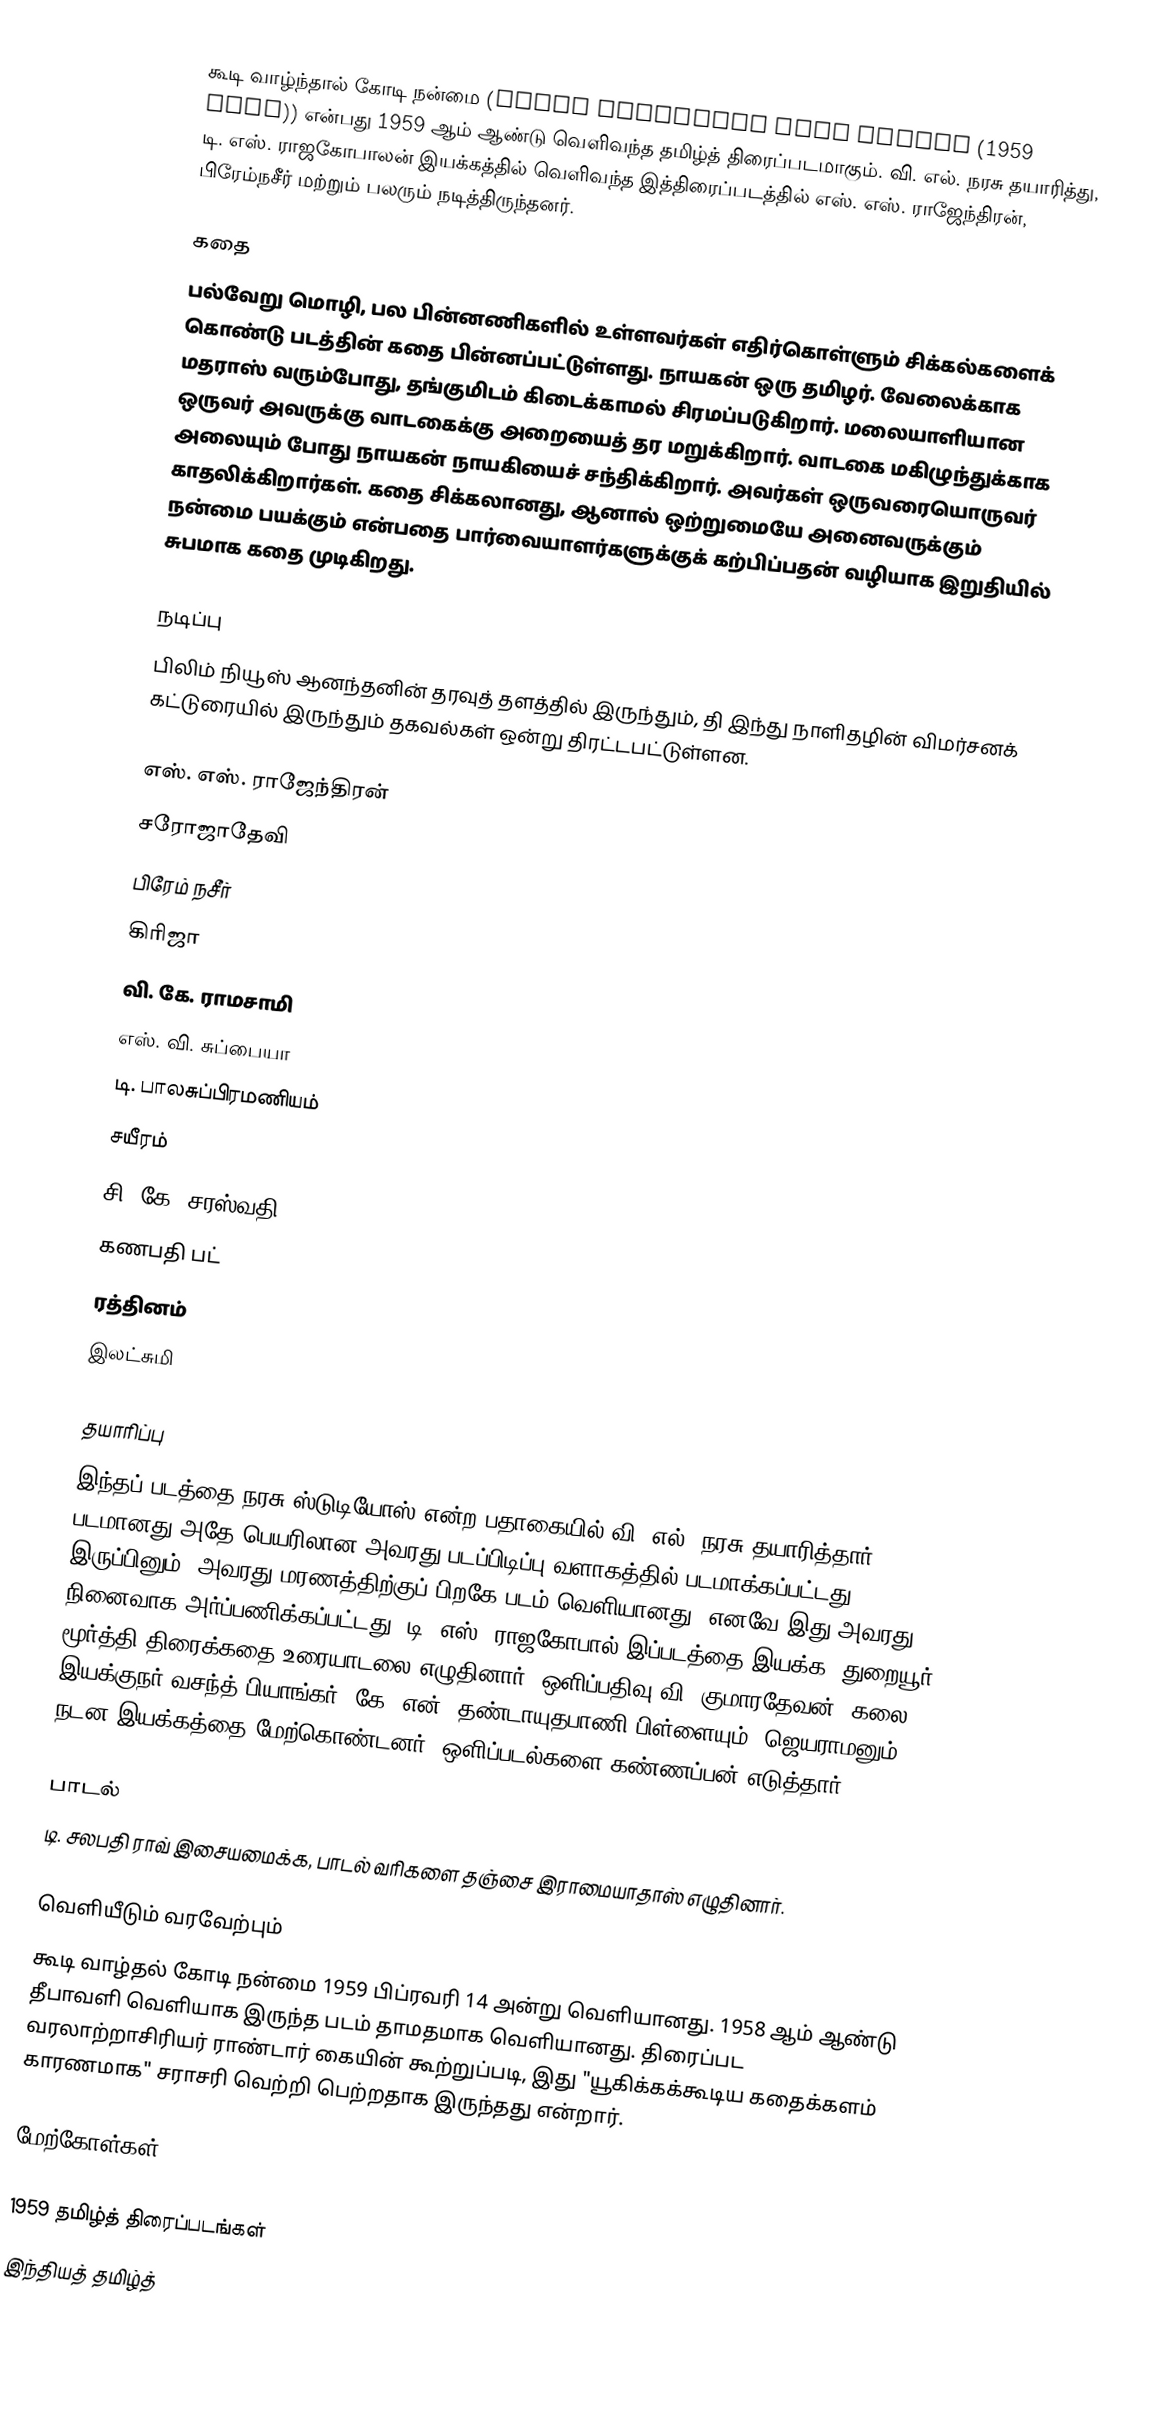
கூடி வாழ்ந்தால் கோடி நன்மை (Koodi Vazhnthal Kodi Nanmai (1959 film)) என்பது 1959 ஆம் ஆண்டு வெளிவந்த தமிழ்த் திரைப்படமாகும். வி. எல். நரசு தயாரித்து, டி. எஸ். ராஜகோபாலன் இயக்கத்தில் வெளிவந்த இத்திரைப்படத்தில் எஸ். எஸ். ராஜேந்திரன், பிரேம்நசீர் மற்றும் பலரும் நடித்திருந்தனர்.

கதை
பல்வேறு மொழி, பல பின்னணிகளில் உள்ளவர்கள் எதிர்கொள்ளும் சிக்கல்களைக் கொண்டு படத்தின் கதை பின்னப்பட்டுள்ளது. நாயகன் ஒரு தமிழர். வேலைக்காக மதராஸ் வரும்போது, தங்குமிடம் கிடைக்காமல் சிரமப்படுகிறார். மலையாளியான ஒருவர் அவருக்கு வாடகைக்கு அறையைத் தர மறுக்கிறார். வாடகை மகிழுந்துக்காக அலையும் போது நாயகன் நாயகியைச் சந்திக்கிறார். அவர்கள் ஒருவரையொருவர் காதலிக்கிறார்கள். கதை சிக்கலானது, ஆனால் ஒற்றுமையே அனைவருக்கும் நன்மை பயக்கும் என்பதை பார்வையாளர்களுக்குக் கற்பிப்பதன் வழியாக இறுதியில் சுபமாக கதை முடிகிறது.

நடிப்பு
பிலிம் நியூஸ் ஆனந்தனின் தரவுத் தளத்தில் இருந்தும், தி இந்து நாளிதழின் விமர்சனக் கட்டுரையில் இருந்தும் தகவல்கள் ஒன்று திரட்டபட்டுள்ளன.

எஸ். எஸ். ராஜேந்திரன்
சரோஜாதேவி
பிரேம் நசீர்
கிரிஜா
வி. கே. ராமசாமி
எஸ். வி. சுப்பையா
டி. பாலசுப்பிரமணியம்
சயீரம்
சி. கே. சரஸ்வதி
கணபதி பட்
ரத்தினம்
இலட்சுமி

தயாரிப்பு
இந்தப் படத்தை நரசு ஸ்டுடியோஸ் என்ற பதாகையில் வி. எல். நரசு தயாரித்தார். படமானது அதே பெயரிலான அவரது படப்பிடிப்பு வளாகத்தில் படமாக்கப்பட்டது. இருப்பினும், அவரது மரணத்திற்குப் பிறகே படம் வெளியானது. எனவே இது அவரது நினைவாக அர்ப்பணிக்கப்பட்டது. டி. எஸ். ராஜகோபால் இப்படத்தை இயக்க, துறையூர் மூர்த்தி திரைக்கதை உரையாடலை எழுதினார். ஒளிப்பதிவு வி. குமாரதேவன். கலை இயக்குநர் வசந்த் பியாங்கர். கே. என். தண்டாயுதபாணி பிள்ளையும், ஜெயராமனும் நடன இயக்கத்தை மேற்கொண்டனர். ஒளிப்படல்களை கண்ணப்பன் எடுத்தார்.

பாடல்
டி. சலபதி ராவ் இசையமைக்க, பாடல் வரிகளை தஞ்சை இராமையாதாஸ் எழுதினார்.

வெளியீடும் வரவேற்பும்
கூடி வாழ்தல் கோடி நன்மை 1959 பிப்ரவரி 14 அன்று வெளியானது. 1958 ஆம் ஆண்டு தீபாவளி வெளியாக இருந்த படம்  தாமதமாக வெளியானது. திரைப்பட வரலாற்றாசிரியர் ராண்டார் கையின் கூற்றுப்படி, இது "யூகிக்கக்கூடிய கதைக்களம் காரணமாக" சராசரி வெற்றி பெற்றதாக இருந்தது என்றார்.

மேற்கோள்கள்

1959 தமிழ்த் திரைப்படங்கள்
இந்தியத் தமிழ்த்